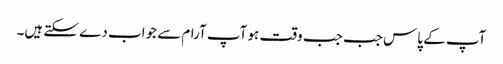
آپ کے پاس جب جب وقت ہو آپ آرام سے جواب دے سکتے ہیں۔